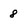
Character: 8